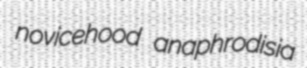
novicehood anaphrodisia